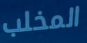
المخلب